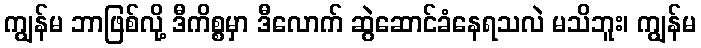
ကျွန်မ ဘာဖြစ်လို့ ဒီကိစ္စမှာ ဒီလောက် ဆွဲဆောင်ခံနေရသလဲ မသိဘူး၊ ကျွန်မ